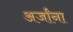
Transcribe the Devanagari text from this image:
अर्जांना